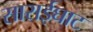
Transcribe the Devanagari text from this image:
साराईघाट